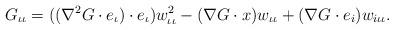
LaTeX: \begin{align*}G_{\iota\iota}=((\nabla^{2}G\cdot e_{\iota})\cdot e_{\iota})w^{2}_{\iota\iota}-(\nabla G\cdot x)w_{\iota\iota}+(\nabla G\cdot e_{i})w_{i\iota\iota}.\end{align*}